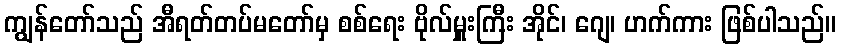
ကျွန်တော်သည် အီရတ်တပ်မတော်မှ စစ်ရေး ဗိုလ်မှူးကြီး အိုင်၊ ဂျေ၊ ဟက်ကား ဖြစ်ပါသည်။